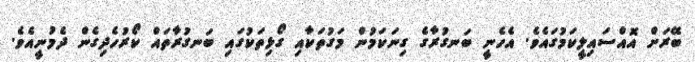
ބޭރަށް އޮއްސައިލީކަމުގައެވެ. އެހެނީ ބަނގުރާގެ ގިނަކަމުން މަގުތަކާއި ގޯޅިތަކުގައި ބަނގުރާތައް ކޯރުހެދިގެން ދެމުނީއެވެ.